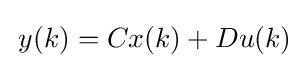
\,y(k)=Cx(k)+Du(k)